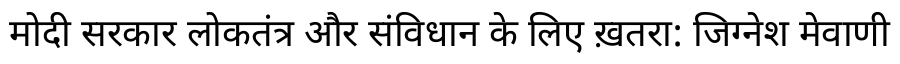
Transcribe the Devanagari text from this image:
मोदी सरकार लोकतंत्र और संविधान के लिए ख़तरा: जिग्नेश मेवाणी